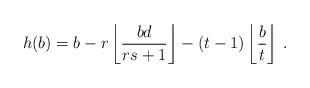
LaTeX: \begin{align*}h(b)=b-r\left\lfloor \frac{bd}{rs+1}\right\rfloor -(t-1)\left\lfloor \frac{b}{t} \right\rfloor \, .\end{align*}